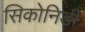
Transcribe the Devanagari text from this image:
सिकोनिडी